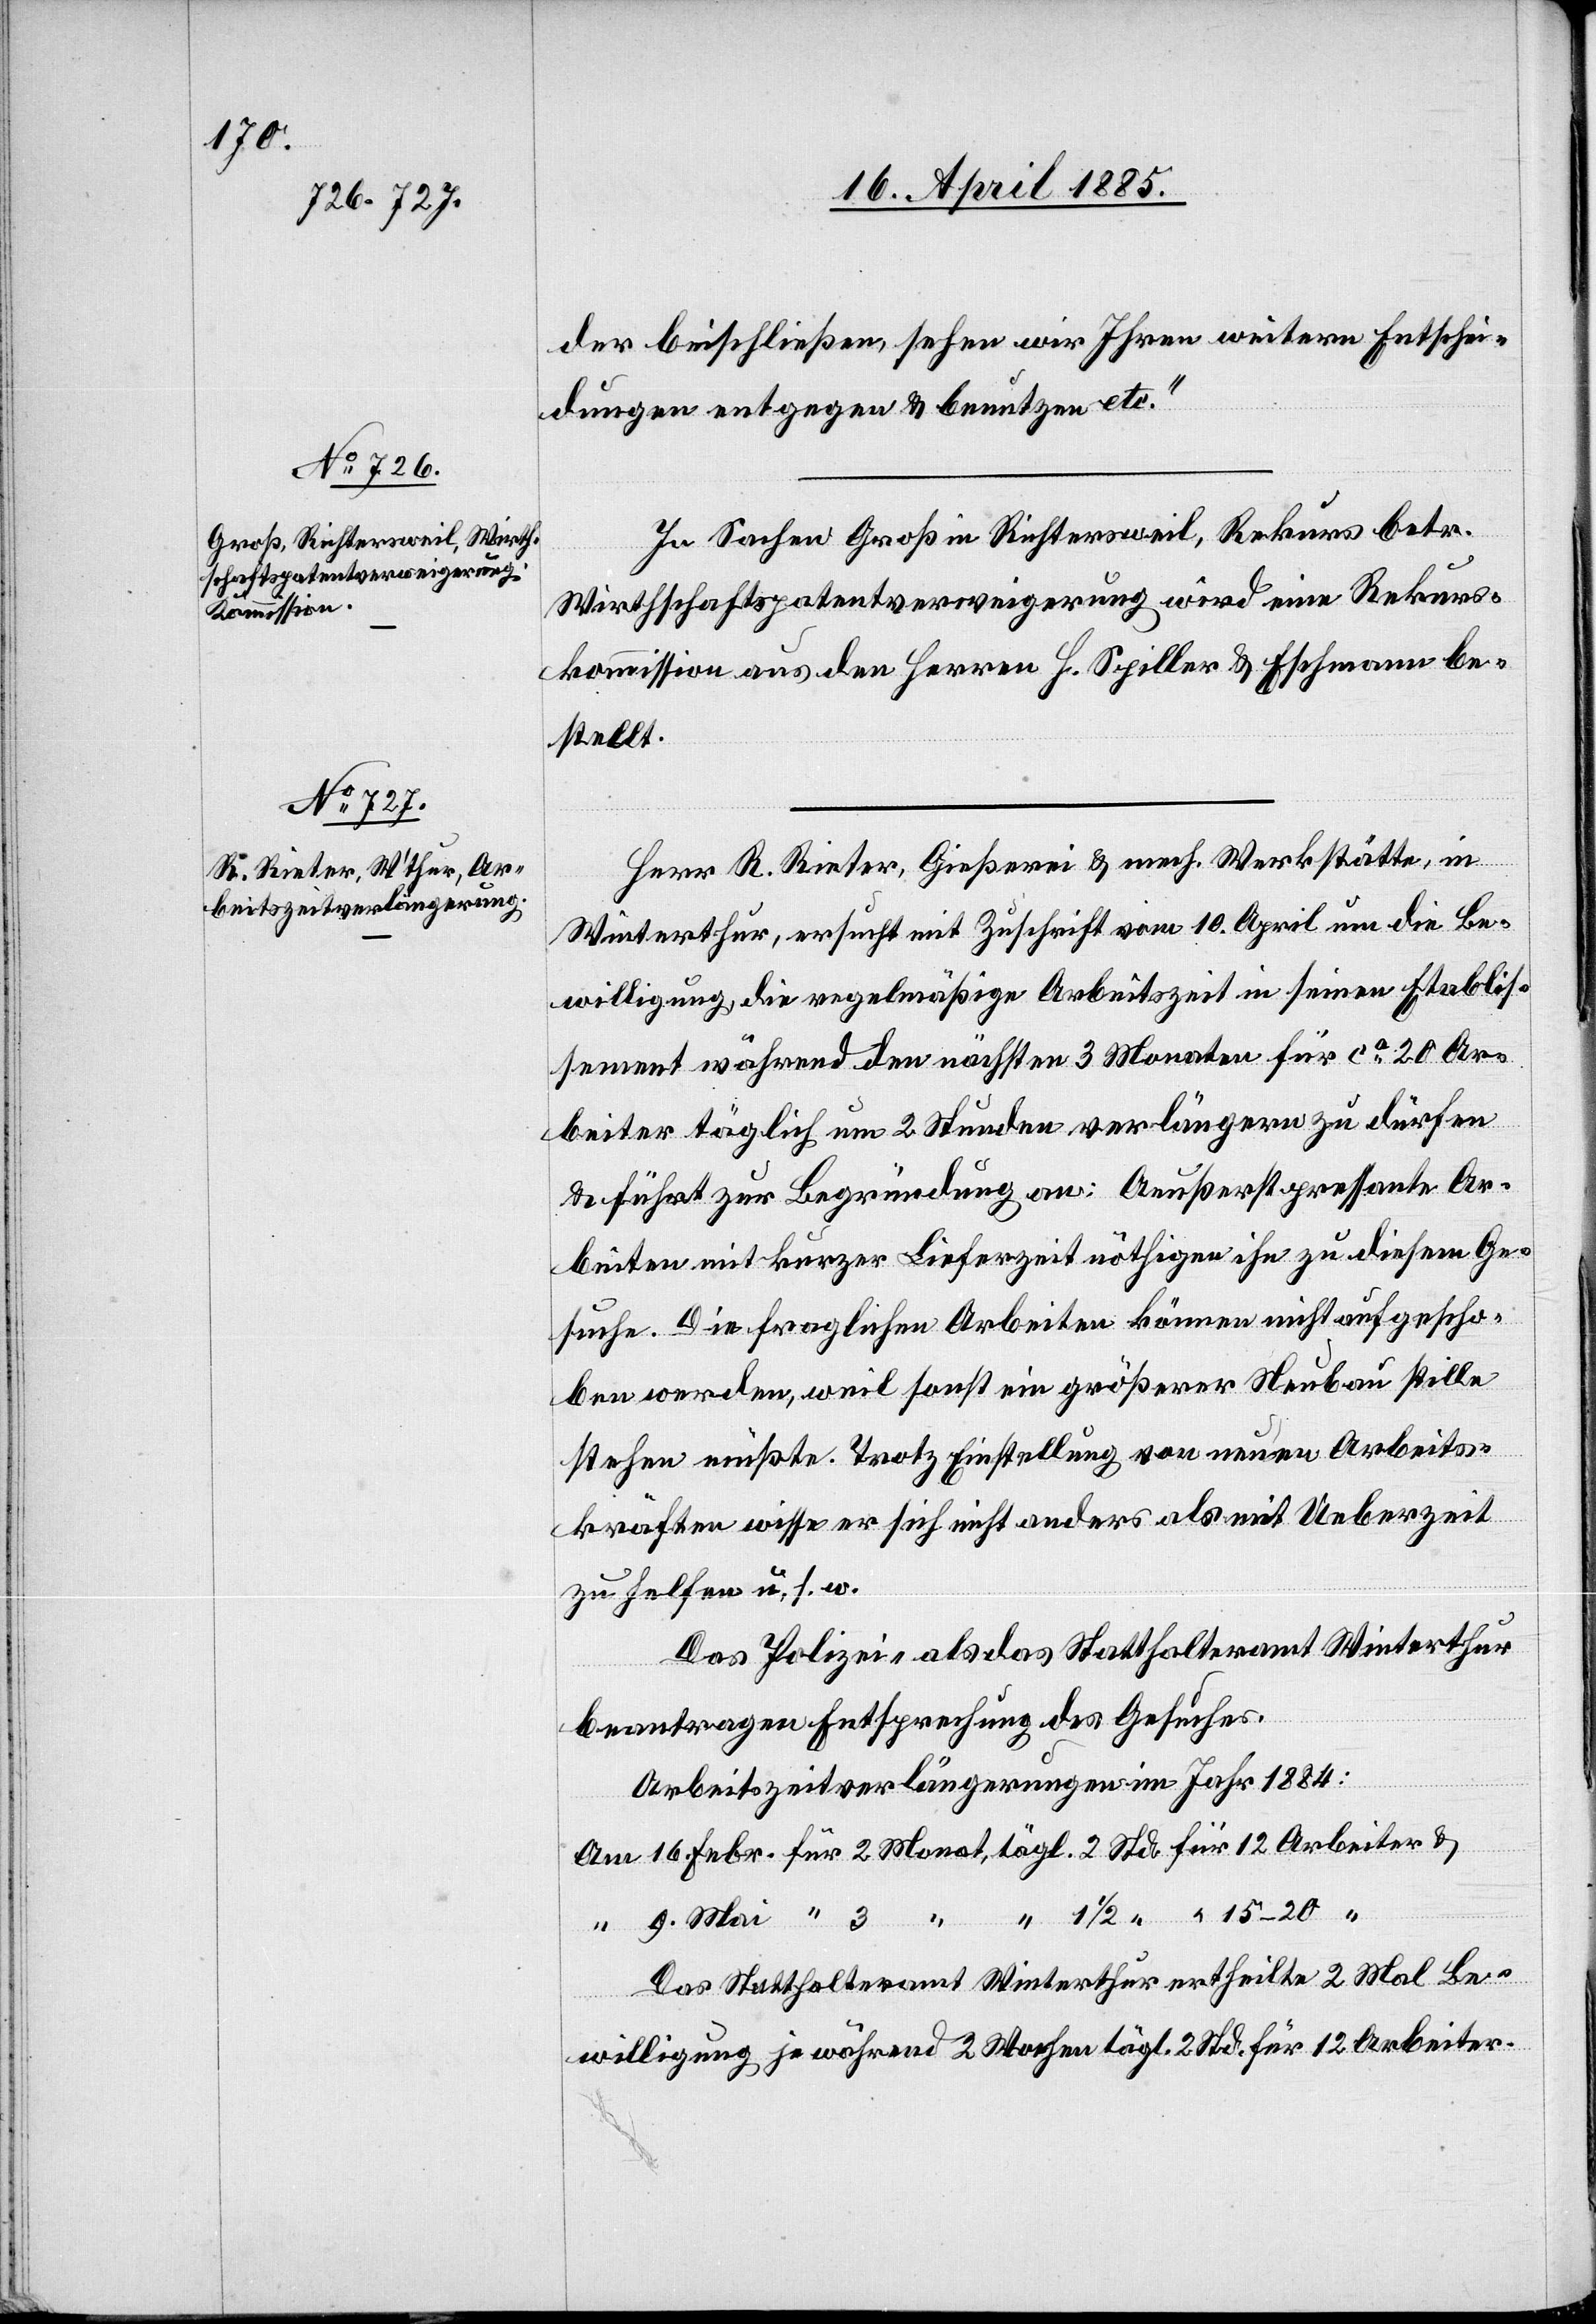
er beischließen, sehen wir Ihren weitern Entschei¬
dungen entgegen & benutzen etc.“
In Sachen Groß in Richtersweil, Rekurs betr.
Wirthschaftspatentverweigerung wird eine Rekurs¬
kommission aus den Herren H. Spiller & Eschmann be¬
stellt.
Herr R. Rieter, Gießerei & mech. Werkstätte, in
Winterthur, ersucht mit Zuschrift vom 10. April um die Be¬
willigung, die regelmäßige Arbeitszeit in seinen [sic!]
sement während den nächsten 3 Monaten für ca 20 Ar¬
beiter täglich um 2 Stunden verlängern zu dürfen&
führt zur Begründung an: Aeußerst pressante Ar¬
beiten mit kurzer Lieferzeit nöthigen ihn zu diesem Ge¬
suche. Die fraglichen Arbeiten können nicht aufgescho¬
ben werden, weil sonst ein größerer Neubau stille
stehen müßte. Trotz Einstellung von neuen Arbeits¬
kräften wisse er sich nicht anders als mit Ueberzeit
zu helfen u. s. w.
Das Polizei- als das Statthalteramt Winterthur
beantragen Entsprechung des Gesuches.
Arbeitszeitverlängerungen im Jahr 1884:
Das Statthalteramt Winterthur ertheilte 2 Mal Be¬
eiter
willigung je während 2 Wochen tägl. 2 Std. für 12 Arbeiter.